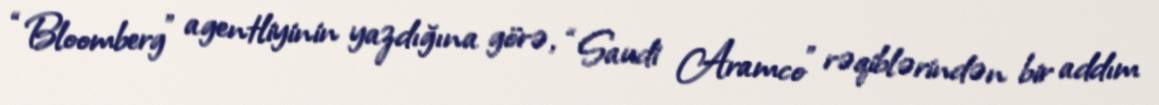
“Bloomberg” agentliyinin yazdığına görə, “Saudi Aramco” rəqiblərindən bir addım